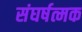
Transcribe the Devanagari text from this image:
संघर्षत्मक